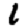
Digit: 1